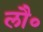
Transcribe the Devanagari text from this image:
लौ॰